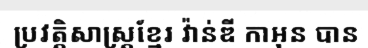
ប្រវត្តិសាស្ត្រខ្មែរ វ៉ាន់ឌី កាអុន បាន